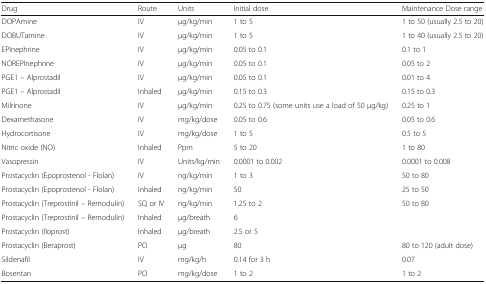
<table><thead><tr><td><b>Drug</b></td><td><b>Route</b></td><td><b>Units</b></td><td><b>Initial dose</b></td><td><b>Maintenance Dose range</b></td></tr></thead><tbody><tr><td>DOPAmine</td><td>IV</td><td>μg/kg/min</td><td>1 to 5</td><td>1 to 50 (usually 2.5 to 20)</td></tr><tr><td>DOBUTamine</td><td>IV</td><td>μg/kg/min</td><td>1 to 5</td><td>1 to 40 (usually 2.5 to 20)</td></tr><tr><td>EPInephrine</td><td>IV</td><td>μg/kg/min</td><td>0.05 to 0.1</td><td>0.1 to 1</td></tr><tr><td>NOREPInephrine</td><td>IV</td><td>μg/kg/min</td><td>0.05 to 0.1</td><td>0.05 to 2</td></tr><tr><td>PGE1 – Alprostadil</td><td>IV</td><td>μg/kg/min</td><td>0.05 to 0.1</td><td>0.01 to 4</td></tr><tr><td>PGE1 – Alprostadil</td><td>Inhaled</td><td>μg/kg/min</td><td>0.15 to 0.3</td><td>0.15 to 0.3</td></tr><tr><td>Milrinone</td><td>IV</td><td>μg/kg/min</td><td>0.25 to 0.75 (some units use a load of 50 μg/kg)</td><td>0.25 to 1</td></tr><tr><td>Dexamethasone</td><td>IV</td><td>mg/kg/dose</td><td>0.05 to 0.6</td><td>0.05 to 0.6</td></tr><tr><td>Hydrocortisone</td><td>IV</td><td>mg/kg/dose</td><td>1 to 5</td><td>0.5 to 5</td></tr><tr><td>Nitric oxide (NO)</td><td>Inhaled</td><td>Ppm</td><td>5 to 20</td><td>1 to 80</td></tr><tr><td>Vasopressin</td><td>IV</td><td>Units/kg/min</td><td>0.0001 to 0.002</td><td>0.0001 to 0.008</td></tr><tr><td>Prostacyclin (Epoprostenol - Flolan)</td><td>IV</td><td>ng/kg/min</td><td>1 to 3</td><td>50 to 80</td></tr><tr><td>Prostacyclin (Epoprostenol - Flolan)</td><td>Inhaled</td><td>ng/kg/min</td><td>50</td><td>25 to 50</td></tr><tr><td>Prostacyclin (Treprostinil – Remodulin)</td><td>SQ or IV</td><td>ng/kg/min</td><td>1.25 to 2</td><td>50 to 80</td></tr><tr><td>Prostacyclin (Treprostinil – Remodulin)</td><td>Inhaled</td><td>μg/breath</td><td>6</td><td></td></tr><tr><td>Prostacyclin (Iloprost)</td><td>Inhaled</td><td>μg/breath</td><td>2.5 or 5</td><td></td></tr><tr><td>Prostacyclin (Beraprost)</td><td>PO</td><td>μg</td><td>80</td><td>80 to 120 (adult dose)</td></tr><tr><td>Sildenafil</td><td>IV</td><td>mg/kg/h</td><td>0.14 for 3 h</td><td>0.07</td></tr><tr><td>Bosentan</td><td>PO</td><td>mg/kg/dose</td><td>1 to 2</td><td>1 to 2</td></tr></tbody></table>